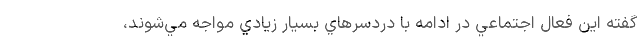
گفته اين فعال اجتماعي در ادامه با دردسرهاي بسيار زيادي مواجه مي‌شوند،